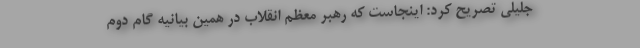
جلیلی تصریح کرد: اینجاست که رهبر معظّم انقلاب در همین بیانیه گام دوم